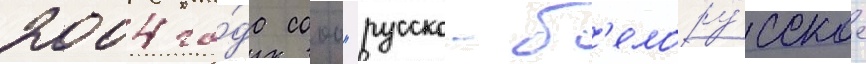
2004 го́да сооо "русско-б'елору́сское